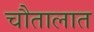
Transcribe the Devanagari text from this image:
चौतालात